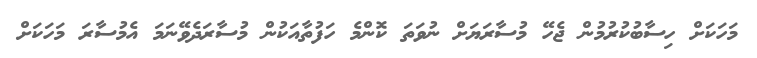
މަހަކަށް ހިސާބުކުރުމުން ޖެހޭ މުސާރަޔަށް ނުވަތަ ކޮންމެ ހަފުތާއަކުން މުސާރަދެވޭނަމަ އެމުސާރަ މަހަކަށް